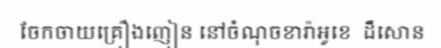
ចែកចាយគ្រឿងញៀន នៅចំណុចខារ៉ាអូខេ  ដឹសោន